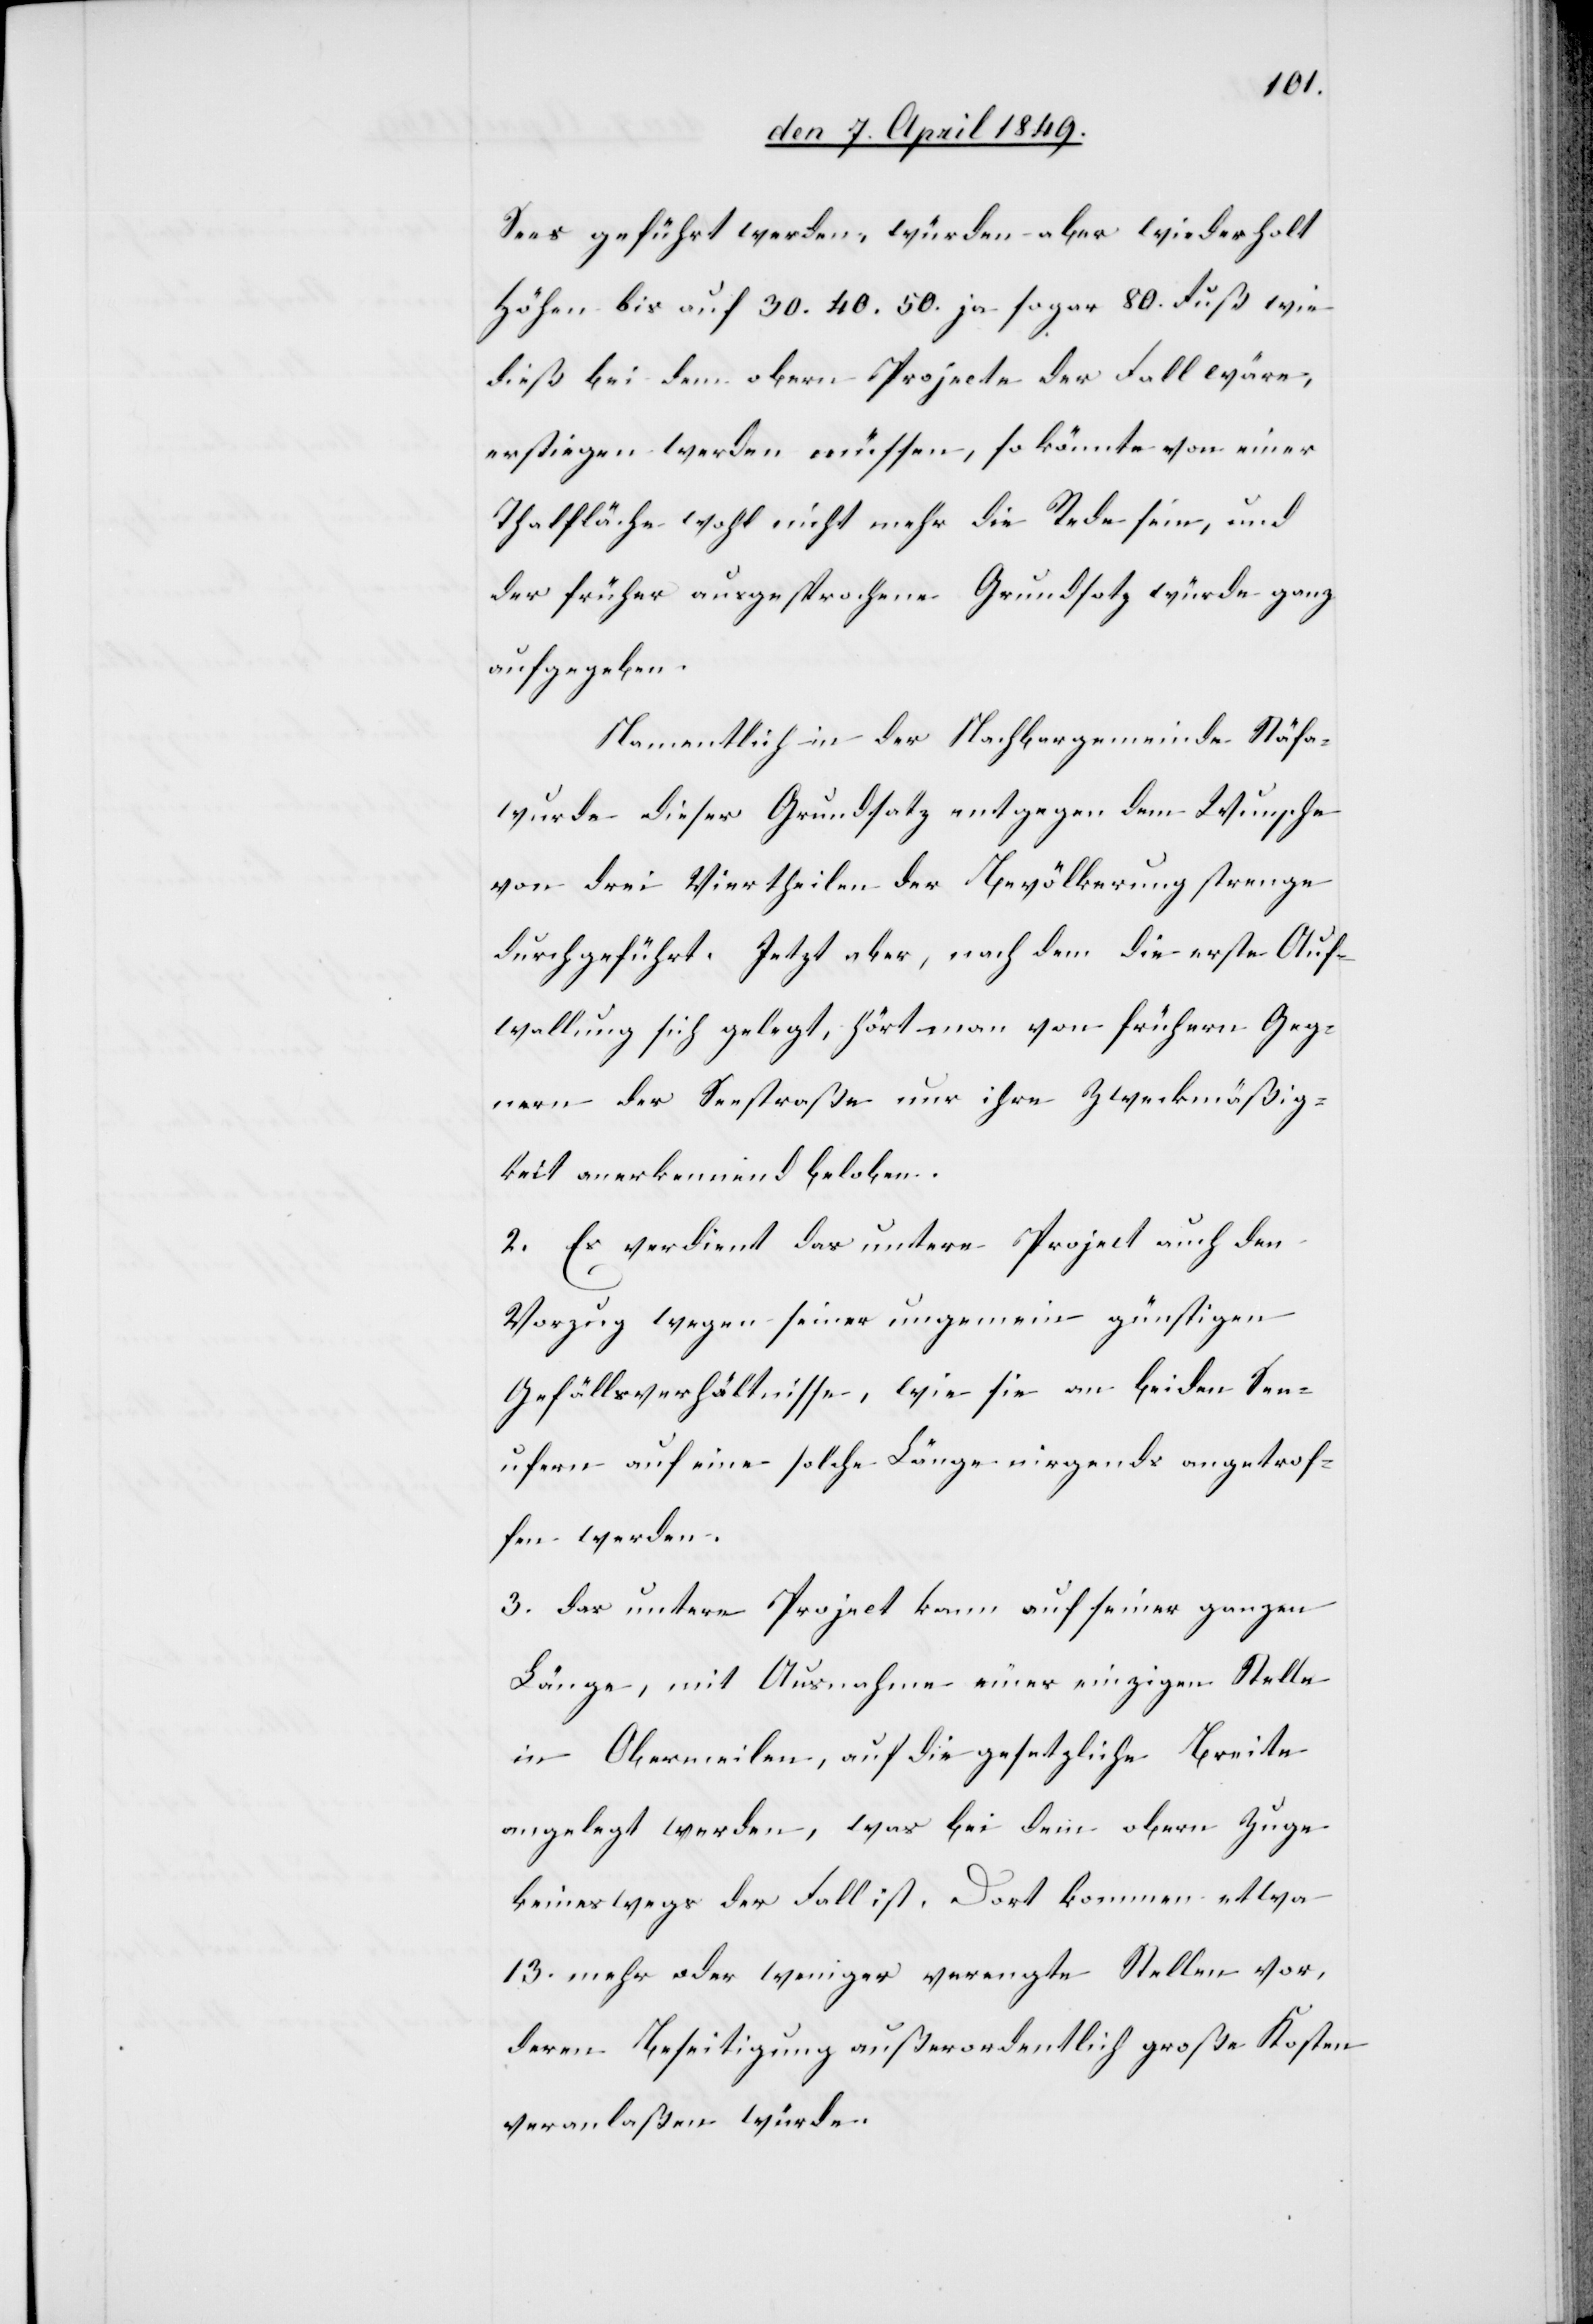
Sees geführt werden, würden aber wiederholt
Höhen bis auf 30. 40. 50. ja sogar 80. Fuß wie
dieß bei dem obern Projecte der Fall wäre,
erstiegen werden müssen, so könnte von einer
Thalfläche wohl nicht mehr die Rede sein, und
der früher ausgesprochene Grundsatz würde ganz
aufgegeben.
Namentlich in der Nachbargemeinde Stäfa
wurde dieser Grundsatz entgegen dem Wunsche
von drei Viertheilen der Bevölkerung strenge
durchgeführt. Jetzt aber, nachdem die erste Auf¬
wallung sich gelegt, hört man von frühern Geg¬
nern der Seestraße nur ihre Zweckmäßig¬
keit anerkennend beloben.
2. Es verdient das untere Project auch den
Vorzug wegen seiner ungemein günstigen
Gefällsverhältnisse, wie sie an beiden See¬
ufern auf eine solche Länge nirgends angetrof¬
fen werden.
3. Das untere Project kann auf seiner ganzen
Länge, mit Ausnahme einer einzigen Stelle
in Obermeilen, auf die gesetzliche Breite
angelegt werden, was bei dem obern Zug
keineswegs der Fall ist. Dort kommen etwa
13. mehr oder weniger verengte Stellen vor,
deren Beseitigung außerordentlich große Kosten
veranlaßen würde.